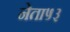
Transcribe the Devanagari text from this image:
नेता५३